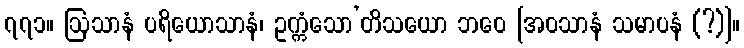
၇၇၁။ ဩသာနံ ပရိယောသာနံ၊ ဥက္ကံသော’တိသယော ဘဝေ [အဝသာနံ သမာပနံ (?)]။